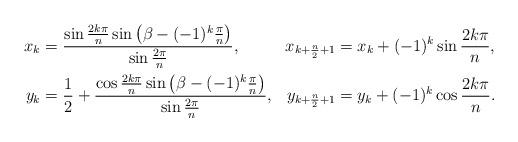
LaTeX: \begin{align*}\begin{aligned}x_{k} &= \frac{\sin \frac{2k\pi}{n} \sin \left(\beta - (-1)^k\frac{\pi}{n}\right)}{\sin \frac{2\pi}{n}}, &x_{k+\frac{n}{2}+1} &= x_{k} + (-1)^k \sin \frac{2k\pi}{n},\\y_{k} &= \frac{1}{2} + \frac{\cos \frac{2k\pi}{n}\sin \left(\beta - (-1)^k\frac{\pi}{n}\right)}{\sin \frac{2\pi}{n}}, & y_{k+\frac{n}{2}+1} &= y_{k} + (-1)^k \cos \frac{2k\pi}{n}.\end{aligned}\end{align*}